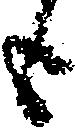
も